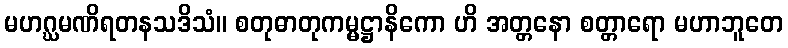
မဟဂ္ဃမဏိရတနသဒိသံ။ စတုဓာတုကမ္မဋ္ဌာနိကော ဟိ အတ္တနော စတ္တာရော မဟာဘူတေ